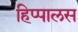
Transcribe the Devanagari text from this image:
हिप्पालस